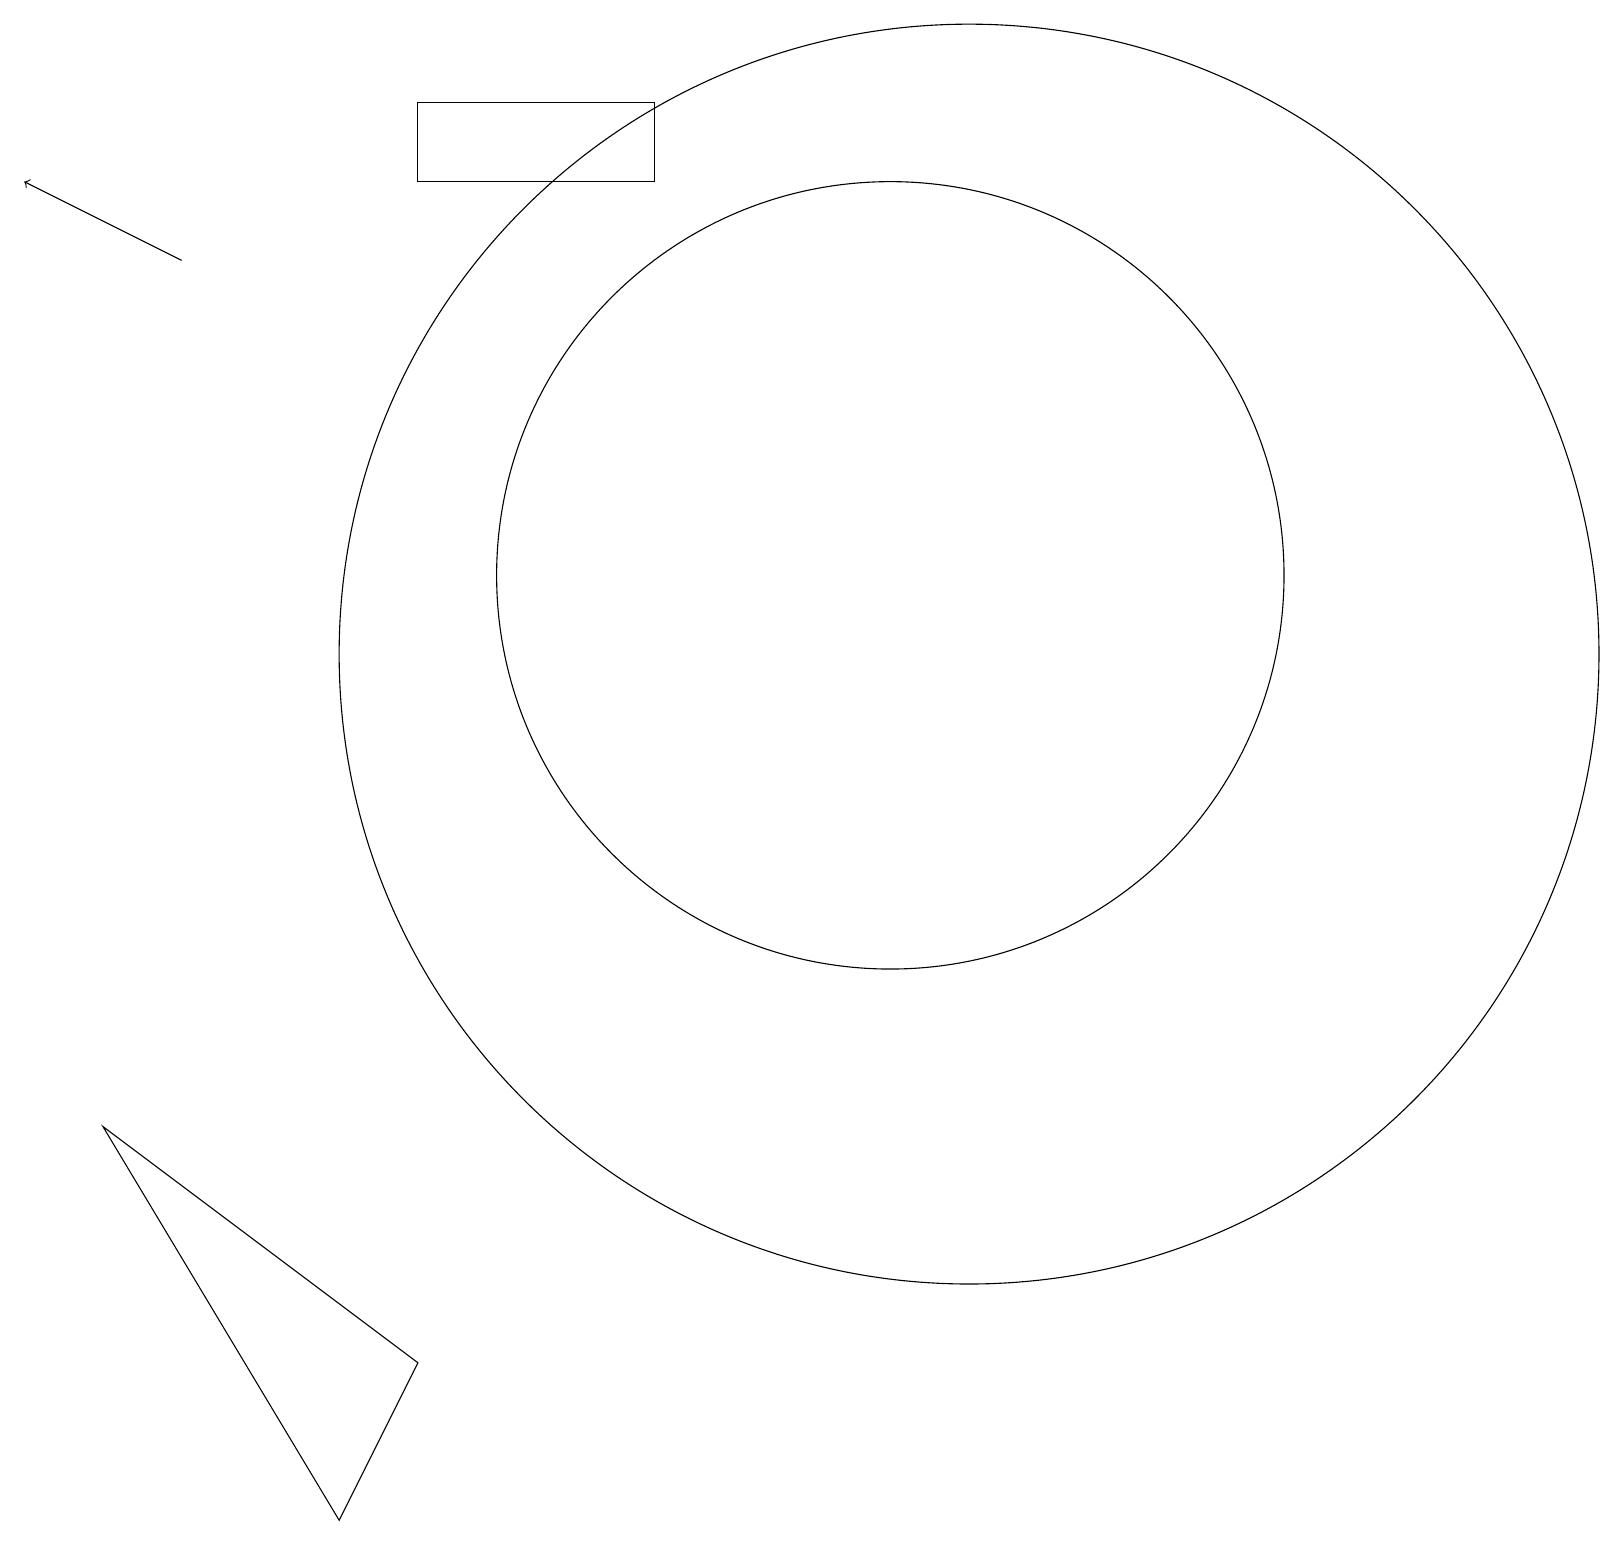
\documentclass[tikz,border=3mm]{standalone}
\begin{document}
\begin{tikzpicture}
\draw (8,18) rectangle (5,17);
\draw[->] (2,16) -- (0,17);
\draw (11,12) circle (5);
\draw (5,2) -- (4,0) -- (1,5) -- cycle;
\draw (12,11) circle (8);
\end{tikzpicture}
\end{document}